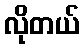
လိုတယ်